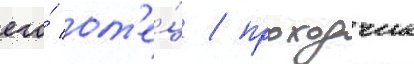
его́ от'е́ц / проходчик